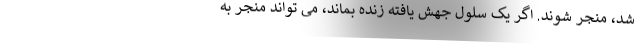
شد، منجر شوند. اگر یک سلول جهش یافته زنده بماند، می تواند منجر به